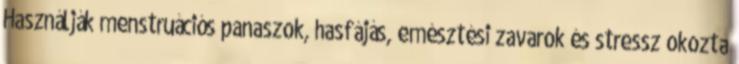
Használják menstruációs panaszok, hasfájás, emésztési zavarok és stressz okozta